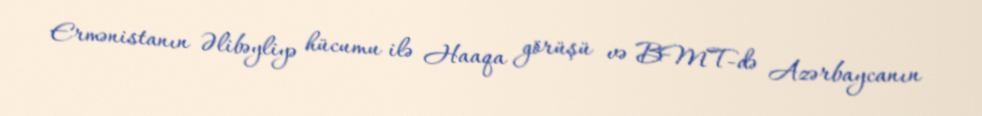
Ermənistanın Əlibəyliyə hücumu ilə Haaqa görüşü və BMT-də Azərbaycanın